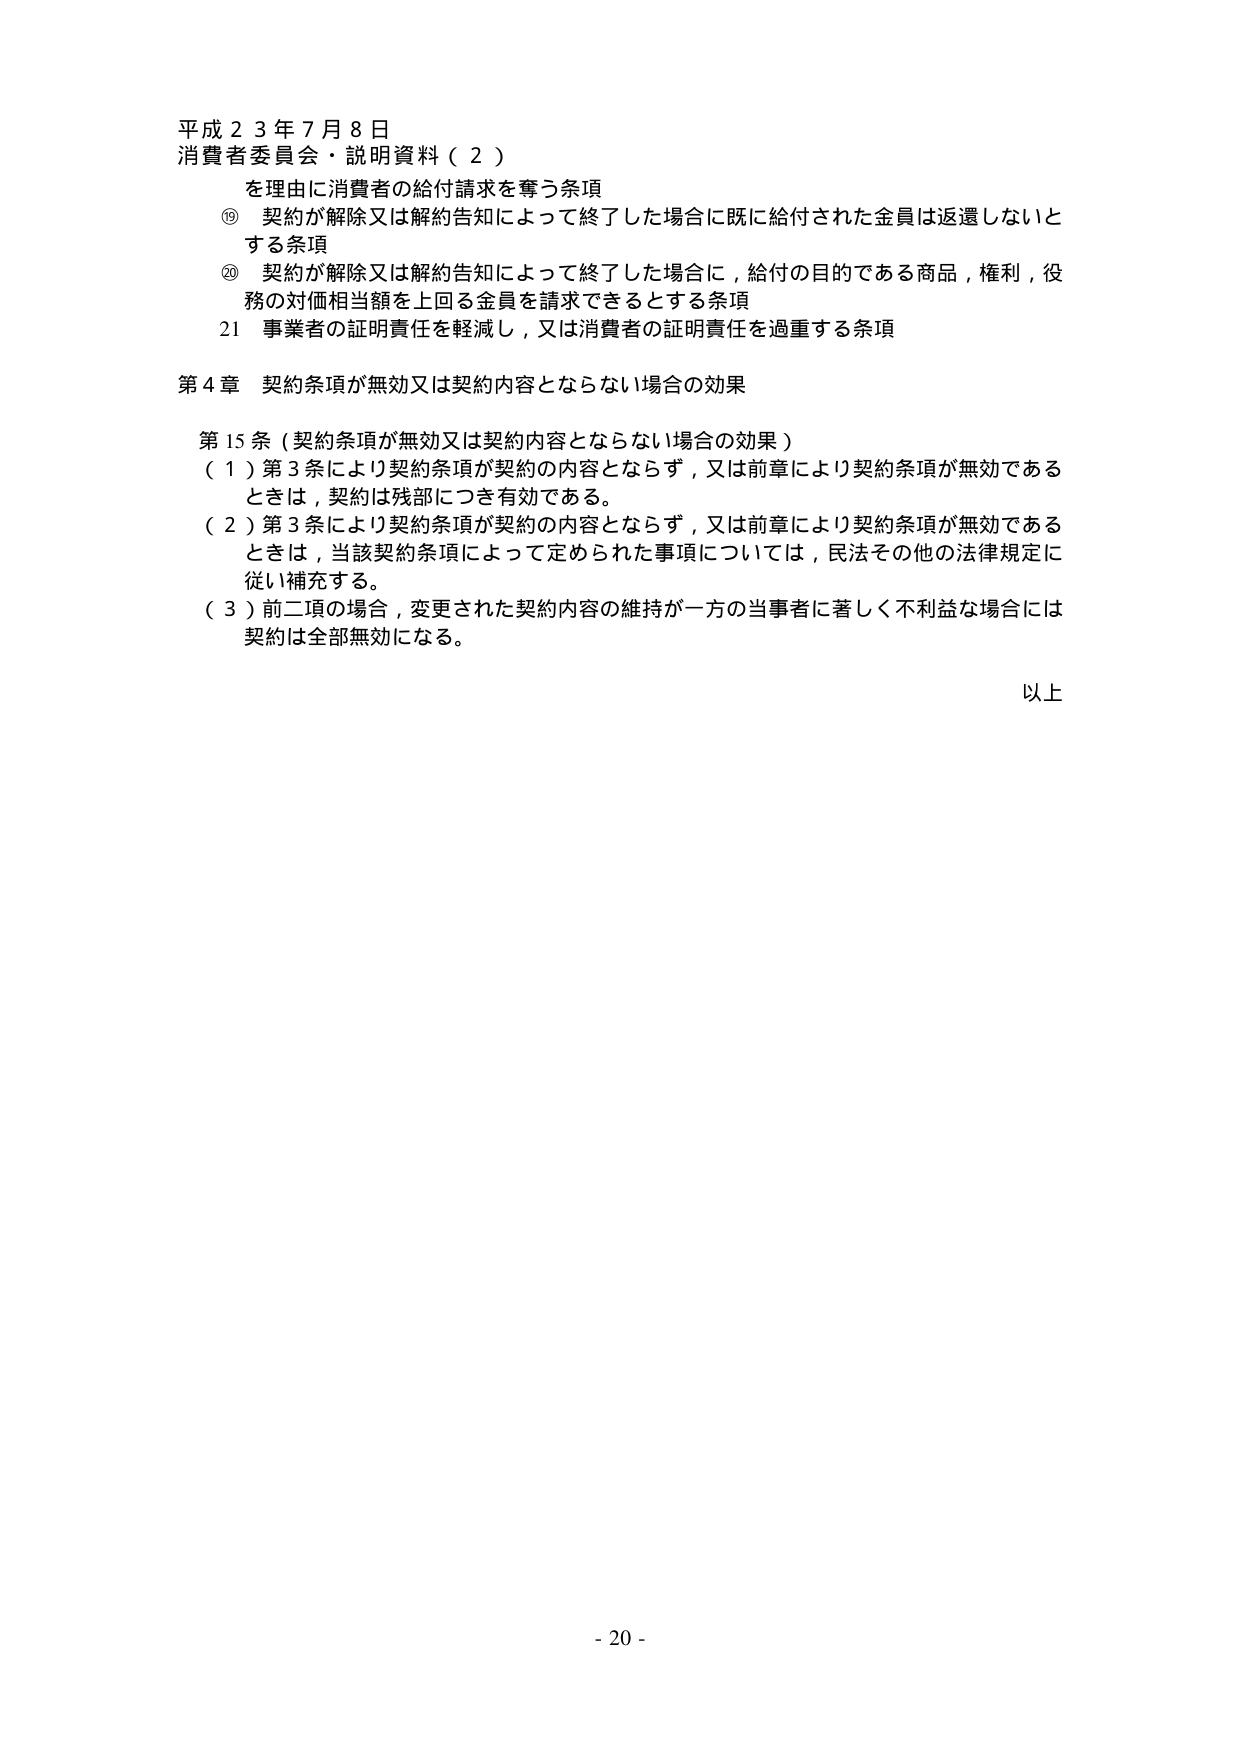
平成２３年７月８日
消費者委員会・説明資料（２）
を理由に消費者の給付請求を奪う条項
⑲ 契約が解除又は解約告知によって終了した場合に既に給付された金員は返還しないとする条項
⑳ 契約が解除又は解約告知によって終了した場合に，給付の目的である商品，権利，役務の対価相当額を上回る金員を請求できるとする条項
21 事業者の証明責任を軽減し，又は消費者の証明責任を過重する条項

第４章 契約条項が無効又は契約内容とならない場合の効果

第15条（契約条項が無効又は契約内容とならない場合の効果）
（１）第3条により契約条項が契約の内容とならず，又は前章により契約条項が無効であるときは，契約は残部につき有効である。
（２）第3条により契約条項が契約の内容とならず，又は前章により契約条項が無効であるときは，当該契約条項によって定められた事項については，民法その他の法律規定に従い補充する。
（３）前二項の場合，変更された契約内容の維持が一方の当事者に著しく不利益な場合には契約は全部無効になる。

以上

- 20 -